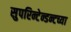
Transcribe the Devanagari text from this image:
सुपरिन्टेन्डन्टच्या